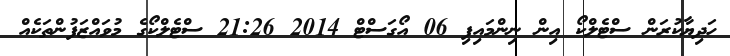
ހަދިޔާކުރަން ސްޓެލްކޯ އިން ނިންމައިފި 06 އޯގަސްޓް 2014 21:26 ސްޓެލްކޯގެ މުވައްޒަފުންތަކެއް